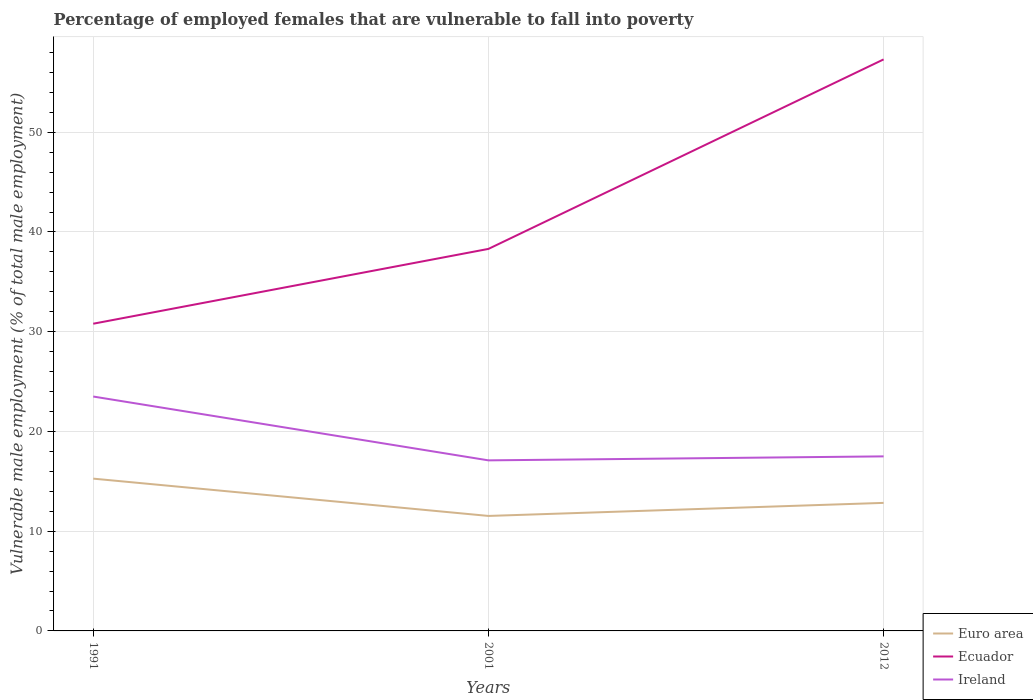
| Years | Euro area | Ecuador | Ireland |
 | --- | --- | --- | --- |
 | 1991 | 15.3 | 30.8 | 23.5 |
 | 2001 | 11.5 | 38.3 | 17.1 |
 | 2012 | 12.8 | 57.3 | 17.5 |